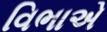
વિભાએ